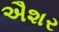
ઐશર